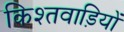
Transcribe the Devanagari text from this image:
किश्तवाड़ियों